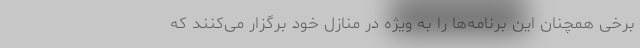
برخی همچنان این برنامه‌ها را به ویژه در منازل خود برگزار می‌کنند که